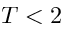
T < 2